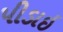
પીડાઇ